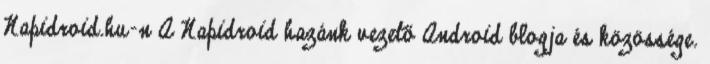
Napidroid.hu-n A Napidroid hazánk vezető Android blogja és közössége.